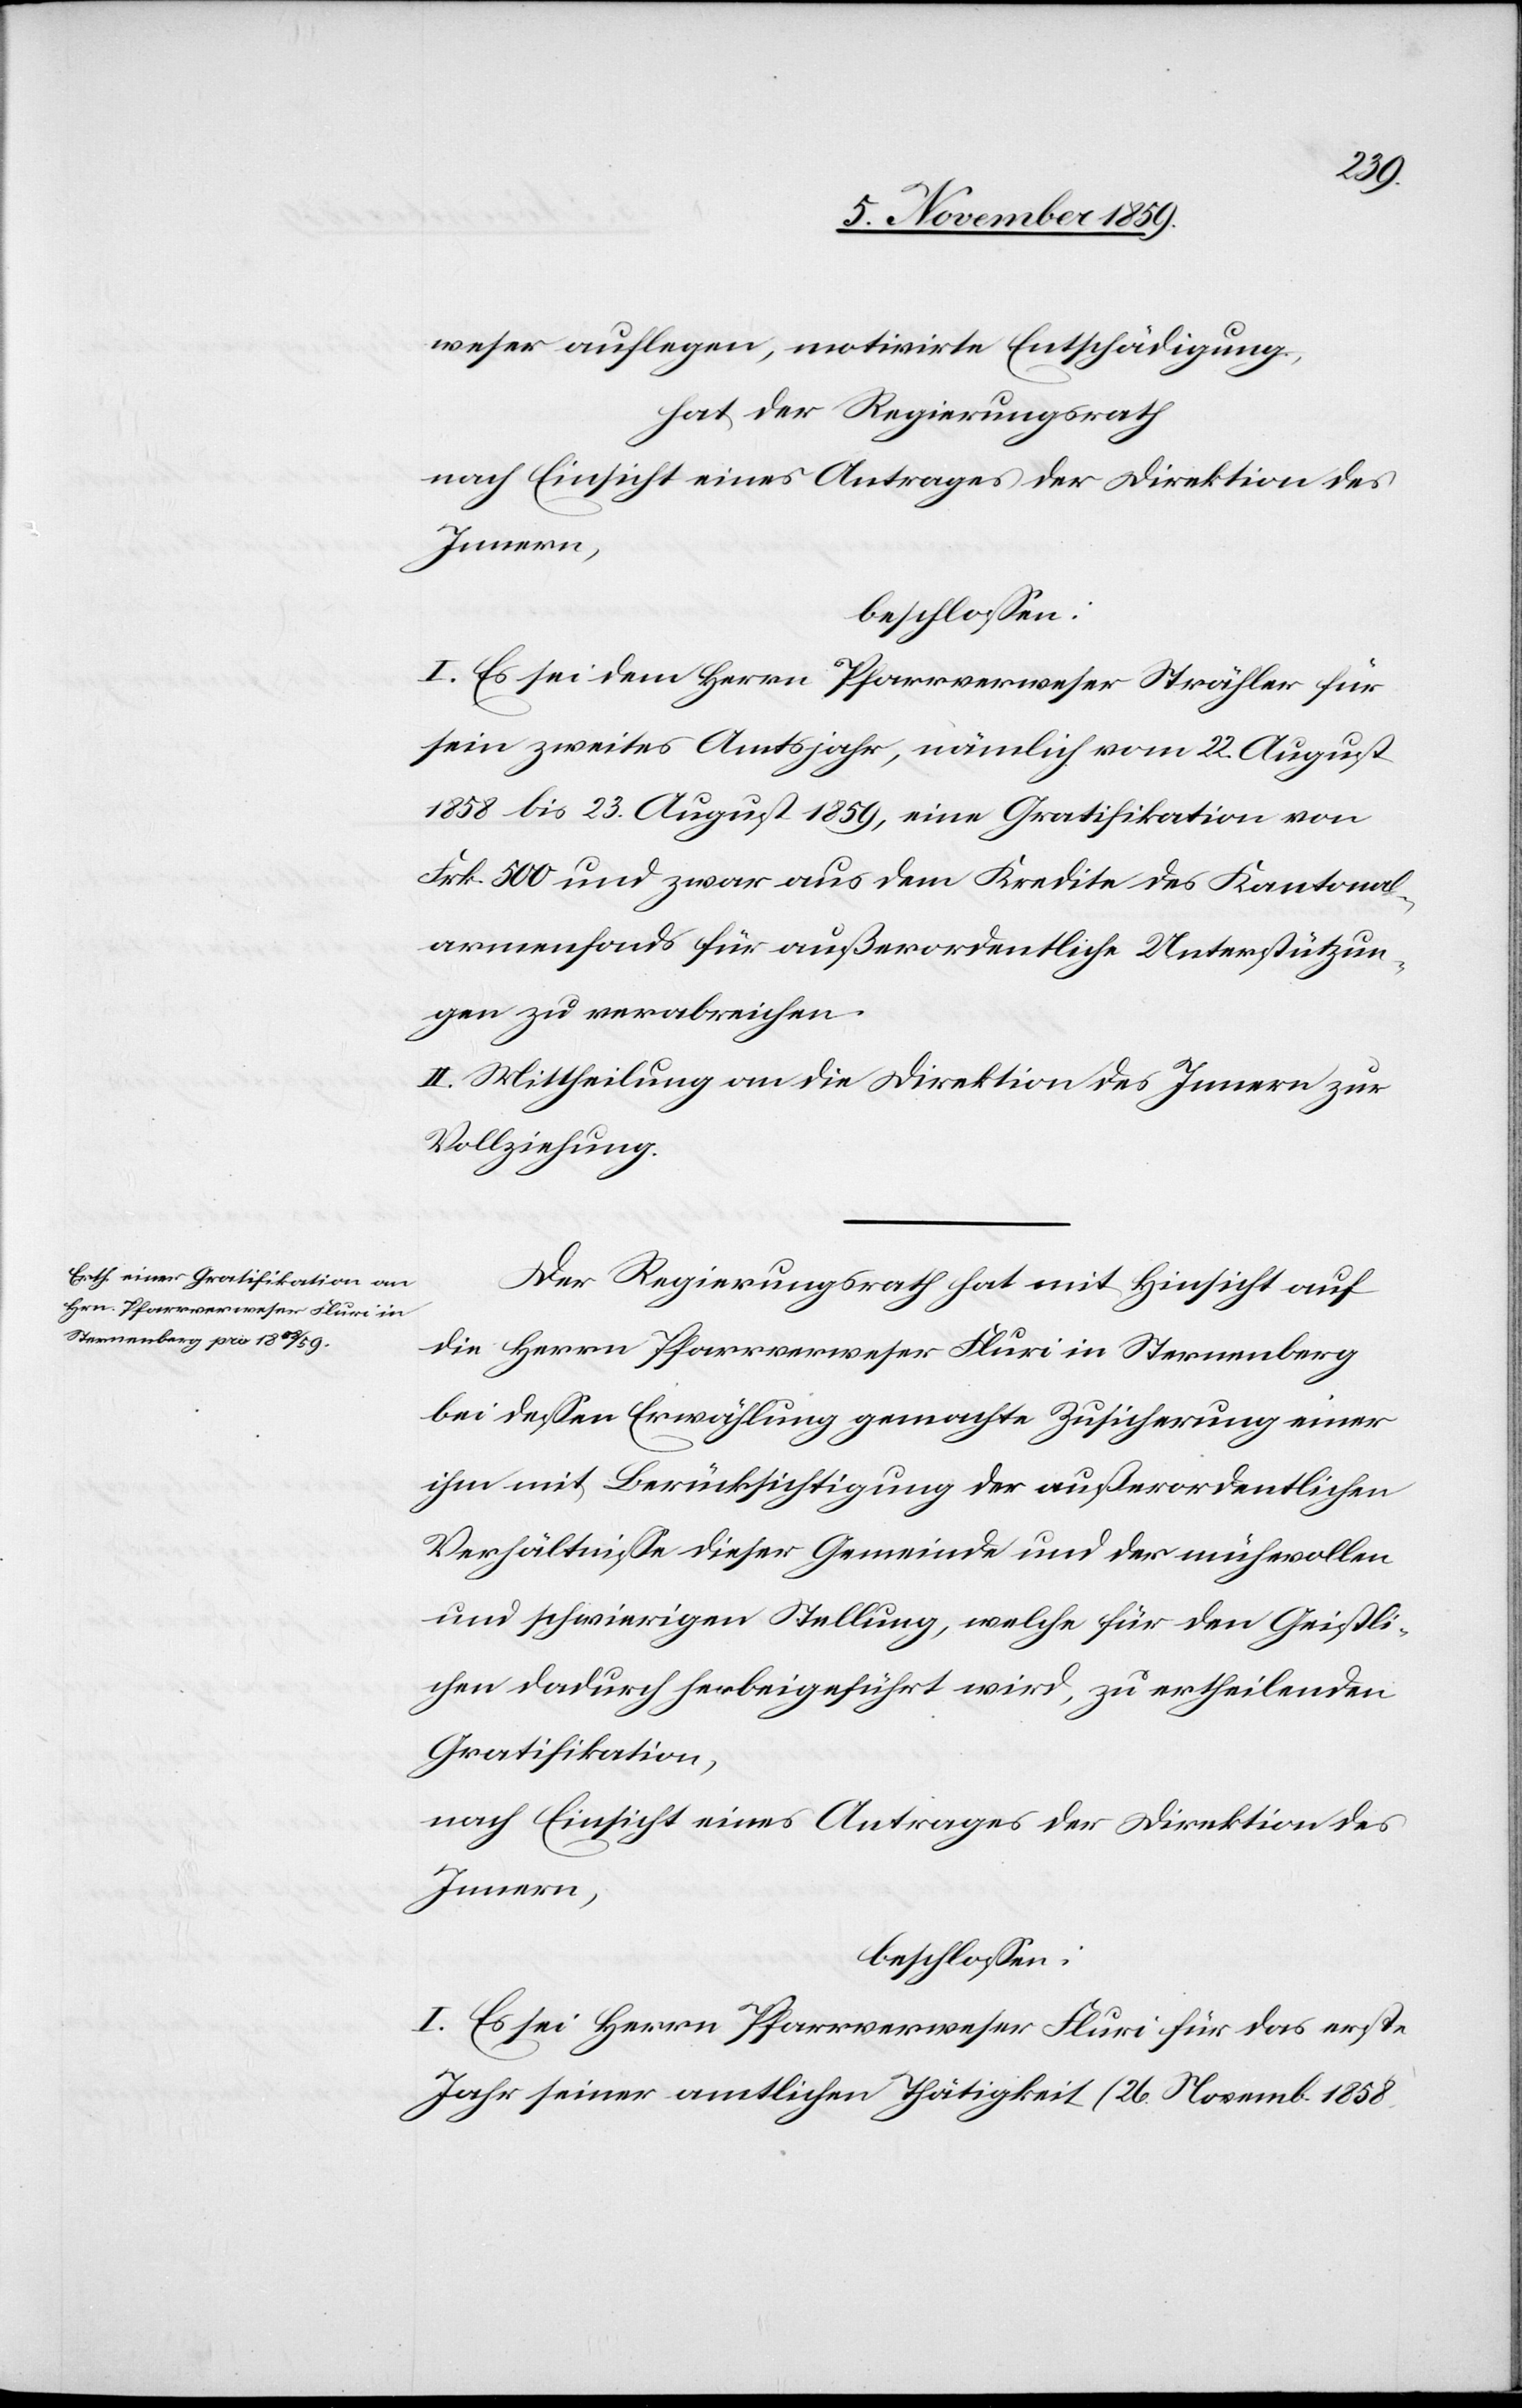
weser auflegen, motivirte Entschädigung,
hat der Regierungsrath
nach Einsicht eines Antrages der Direktion des
Innern,
beschlossen:
I. Es sei dem Herrn Pfarrverweser Strähler für
sein zweites Amtsjahr, nämlich vom 22. August
1858 bis 23. August 1859, eine Gratifikation von
Frk. 500 und zwar aus dem Kredite des Kantonal¬
armenfonds für außerordentliche Unterstützun¬
gen zu verabreichen.
II. Mittheilung an die Direktion des Innern zur
Vollziehung.
Der Regierungsrath hat mit Hinsicht auf
die Herrn Pfarrverweser Fluri in Sternenberg
bei dessen Erwählung gemachte Zusicherung einer
ihm mit Berücksichtigung der außerordentlichen
Verhältnisse dieser Gemeinde und der mühevollen
und schwierigen Stellung, welche für den Geistli¬
chen dadurch herbeigeführt wird, zu ertheilenden
Gratifikation,
nach Einsicht eines Antrages der Direktion des
Innern,
beschlossen:
I. Es sei Herrn Pfarrverweser Fluri für das erste
Jahr seiner amtlichen Tätigkeit (26. Novemb. 1858